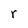
Character: r